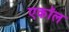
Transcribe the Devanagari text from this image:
एकॉल